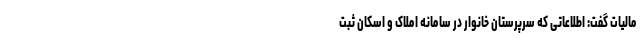
مالیات گفت: اطلاعاتی که سرپرستان خانوار در سامانه املاک و اسکان ثبت